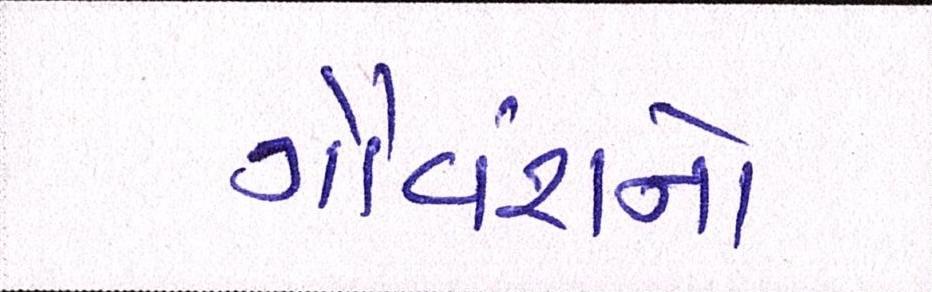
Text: ગૌવંશનો